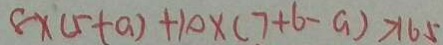
8 \times ( 5 + a ) + 1 0 \times ( 7 + 6 - a ) > 1 6 5